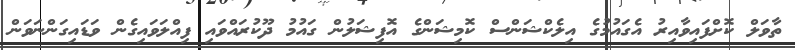
ތާވަލް ކޮށްފައިވާއިރު އެގައުމުގެ އިލެކްޝަންސް ކޮމިޝަންގެ އޮފިޝަލުން ގައުމު ދޫކުރައްވައި ފިއްލަވައިގެން ވަޑައިގަންނަވަން